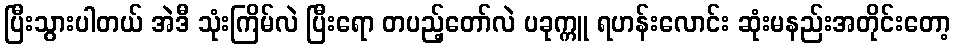
ပြီးသွားပါတယ် အဲဒီ သုံးကြိမ်လဲ ပြီးရော တပည့်တော်လဲ ပခုက္ကူ ရဟန်းလောင်း ဆုံးမနည်းအတိုင်းတော့